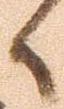
候